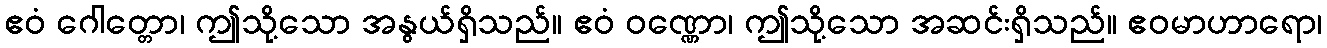
ဧဝံ ဂေါတ္တော၊ ဤသို့သော အနွယ်ရှိသည်။ ဧဝံ ဝဏ္ဏော၊ ဤသို့သော အဆင်းရှိသည်။ ဧဝမာဟာရော၊